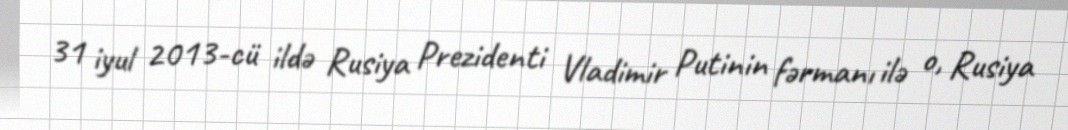
31 iyul 2013-cü ildə Rusiya Prezidenti Vladimir Putinin fərmanı ilə o, Rusiya